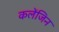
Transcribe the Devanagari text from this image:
कलेंजिन